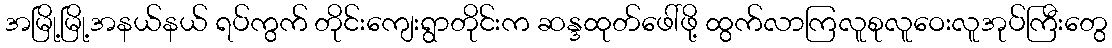
အမြို့မြို့အနယ်နယ် ရပ်ကွက် တိုင်းကျေးရွာတိုင်းက ဆန္ဒထုတ်ဖေါ်ဖို့ ထွက်လာကြလူစုလူဝေးလူအုပ်ကြီးတွေ